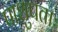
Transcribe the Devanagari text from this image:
पाशुपताः